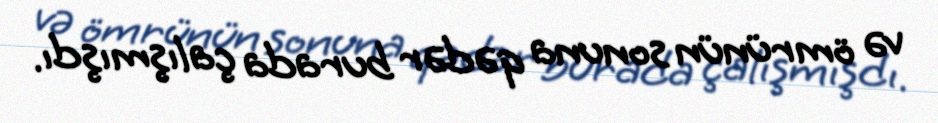
və ömrünün sonuna qədər burada çalışmışdı.